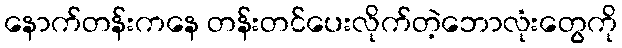
နောက်တန်းကနေ တန်းတင်ပေးလိုက်တဲ့ဘောလုံးတွေကို